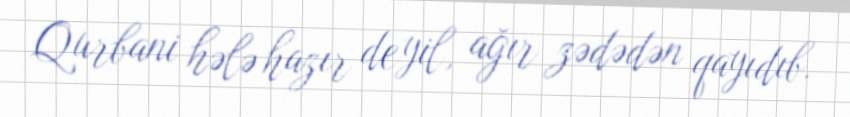
Qurbani hələ hazır deyil, ağır zədədən qayıdıb.